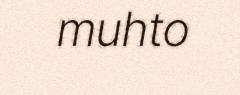
muhto